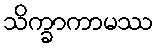
သိက္ခာကာမဿ